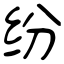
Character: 纷